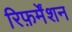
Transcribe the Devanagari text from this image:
रिफ़र्मेंशन